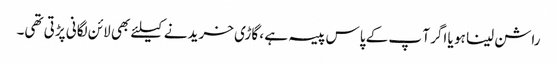
راشن لینا ہو یا اگر آ پ کے پاس پیسہ ہے ، گاڑی خریدنے کیلئے بھی لائن لگانی پڑتی تھی۔